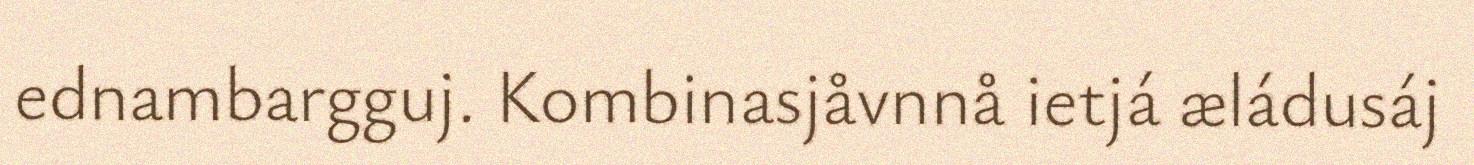
ednambargguj. Kombinasjåvnnå ietjá æládusáj